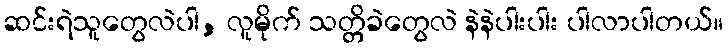
ဆင်းရဲသူတွေလဲပါ, လူမိုက် သတ္တိခဲတွေလဲ နဲနဲပါးပါး ပါလာပါတယ်။